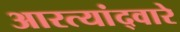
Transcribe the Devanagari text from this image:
आरत्यांद्वारे